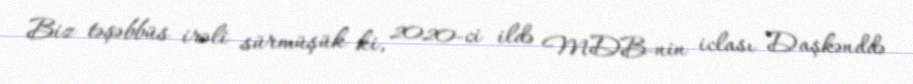
Biz təşəbbüs irəli sürmüşük ki, 2020-ci ildə MDB-nin iclası Daşkənddə